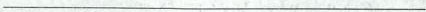
___